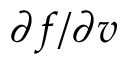
\partial f / \partial v